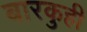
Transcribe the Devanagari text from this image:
बारकुही